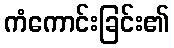
ကံကောင်းခြင်း၏